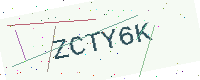
Text: ZCTY6K